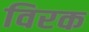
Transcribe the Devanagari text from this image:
विरक